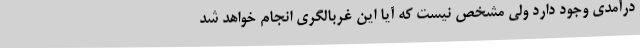
درآمدی وجود دارد ولی مشخص نیست که آیا این غربالگری انجام خواهد شد